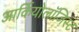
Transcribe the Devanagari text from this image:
आर्कियोलाॅजिस्ट